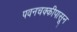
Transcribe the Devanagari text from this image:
पवनचक्कीपासून